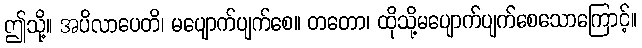
ဤသို့။ အပိလာပေတိ၊ မပျောက်ပျက်စေ။ တတော၊ ထိုသို့မပျောက်ပျက်စေသောကြောင့်။